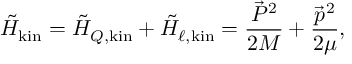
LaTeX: \tilde { \cal H } _ { \mathrm { k i n } } = \tilde { \cal H } _ { Q , \mathrm { k i n } } + \tilde { \cal H } _ { \ell , \mathrm { k i n } } = { \frac { \vec { P } ^ { 2 } } { 2 M } } + { \frac { \vec { p } ^ { 2 } } { 2 \mu } } ,